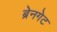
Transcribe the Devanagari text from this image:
ब्रेनगेट